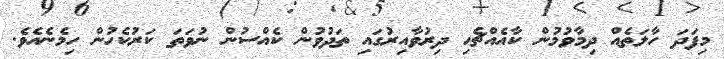
މިފަދަ ހާލަތެއް ދިމާވުމުން ކާއެއްޗެހި ދިރުވާއިރުގައި ތަދުވުން ކެއްސުން ނުވަތަ ކަރުކެހުން ހިމެނެއެވެ.